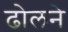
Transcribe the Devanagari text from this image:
ढोलने